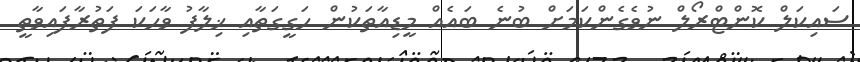
ސައިކަލް ކޮންޓްރޯލް ނުވެގެންކަމަށް ބުނެ ބައެއް މީޑިއާތަކުން ހަގީގަތާއި ޚިލާފު ވާހަކަ ފަތުރާފައިވާތީ